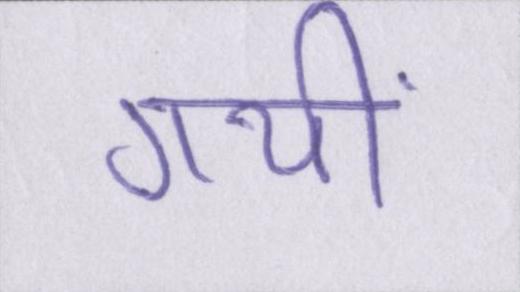
गयीं